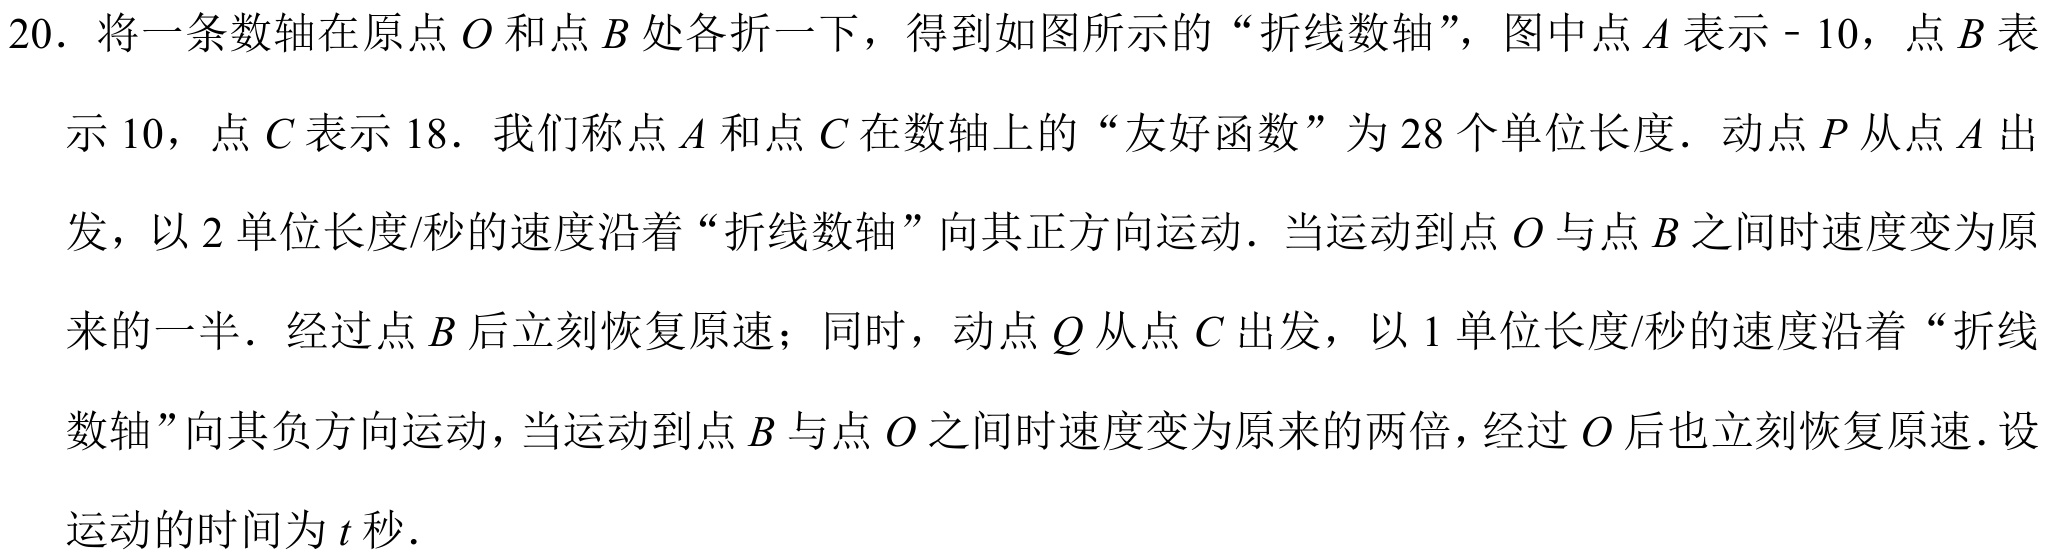
20. 将一条数轴在原点\(O\)和点\(B\)处各折一下，得到如图所示的“折线数轴”，图中点\(A\)表示\(- 10\)，点\(B\)表示\(10\)，点\(C\)表示\(18\). 我们称点\(A\)和点\(C\)在数轴上的“友好函数”为\(28\)个单位长度. 动点\(P\)从点\(A\)出发，以\(2\)单位长度/秒的速度沿着“折线数轴”向其正方向运动. 当运动到点\(O\)与点\(B\)之间时速度变为原来的一半. 经过点\(B\)后立刻恢复原速；同时，动点\(Q\)从点\(C\)出发，以\(1\)单位长度/秒的速度沿着“折线数轴”向其负方向运动，当运动到点\(B\)与点\(O\)之间时速度变为原来的两倍，经过\(O\)后也立刻恢复原速. 设运动的时间为\(t\)秒.